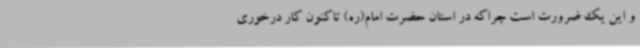
و این یک ضرورت است چراکه در استان حضرت امام(ره) تاکنون کار درخوری